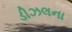
ડીઝલના